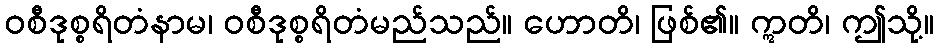
ဝစီဒုစ္စရိတံနာမ၊ ဝစီဒုစ္စရိတံမည်သည်။ ဟောတိ၊ ဖြစ်၏။ ဣတိ၊ ဤသို့။